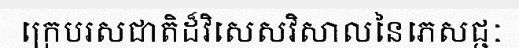
ក្រេបរសជាតិដ៏វិសេសវិសាលនៃភេសជ្ជៈ